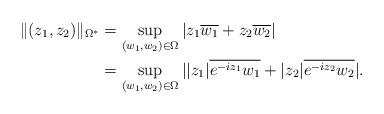
LaTeX: \begin{align*}\|(z_1,z_2)\|_{\Omega^*}&=\sup_{(w_1,w_2)\in\Omega}|z_1\overline{w_1}+z_2\overline{w_2}|\\&=\sup_{(w_1,w_2)\in\Omega}||z_1|\overline{e^{-iz_1}w_1}+|z_2|\overline{e^{-iz_2}w_2}|.\end{align*}